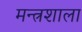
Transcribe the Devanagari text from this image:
मन्त्रशाला